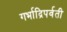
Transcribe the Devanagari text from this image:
गर्भाद्रिपर्वती